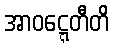
အာဝဋ္ဋေတီတိ